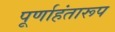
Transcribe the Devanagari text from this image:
पूर्णाहंतारूप